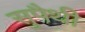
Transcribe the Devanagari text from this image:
सुपैथी